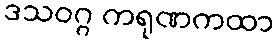
ဒသဝဂ္ဂ ကရုဏကထာ